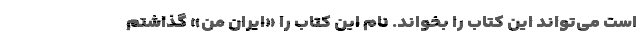
است می‌تواند این کتاب را بخواند. نامِ این کتاب را «ایران من» گذاشتم